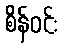
စိန်ဝင်း